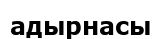
адырнасы